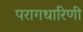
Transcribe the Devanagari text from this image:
परागधारिणी